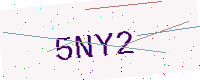
Text: 5NY2